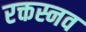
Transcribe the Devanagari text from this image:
रक्तस्नव